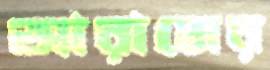
আরামের